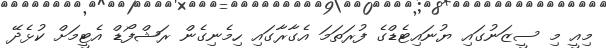
މިއީ މި ސީޒަނުގައި ޔުނައިޓެޑްގެ ފުރަތަމަ އެގާރާގައި ހިމެނިގެން ރަޝްފޯޑް އެޓީމަށް ކުޅެދޭ